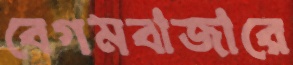
বেগমবাজারে